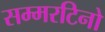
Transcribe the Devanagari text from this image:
सम्मरटिनो